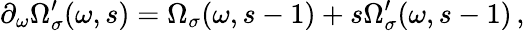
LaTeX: \partial_{\omega}\Omega_{\sigma}^{\prime}(\omega,s)=\Omega_{\sigma}(\omega,s-1)+s\Omega_{\sigma}^{\prime}(\omega,s-1)\, ,